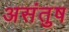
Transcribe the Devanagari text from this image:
असंतुष